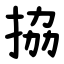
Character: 拹